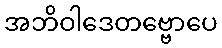
အဘိဝါဒေတဗ္ဗောပေ